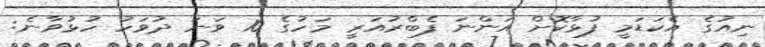
ނިއުގެ އެކަޑަމީ ފުޅާކޮށް އަންނަ ފެބްރުއަރީ މަހުގެ 10 ވަނަ ދުވަހު ހުޅުވާނެ: